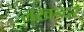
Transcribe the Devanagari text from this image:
लखन्दर